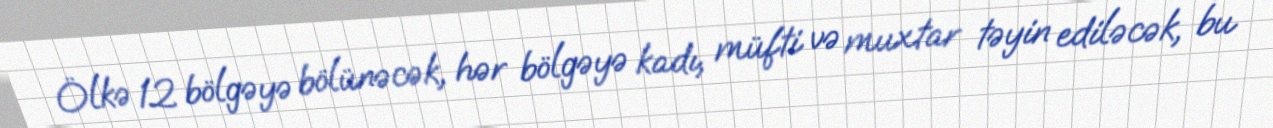
Ölkə 12 bölgəyə bölünəcək, hər bölgəyə kadı, müfti və muxtar təyin ediləcək, bu